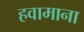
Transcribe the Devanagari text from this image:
हवामाना